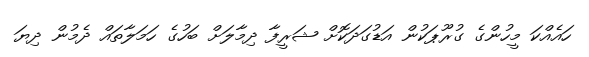
ހައެއްކަ މީހުންގެ ގުރޫޕަކުން އަޑުގަދަކޮށް ޝަރީފާ ދިމާލަށް ބަހުގެ ހަމަލާތައް ދެމުން ދިޔަ